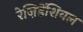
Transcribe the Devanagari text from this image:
रेज़िडेंशियल